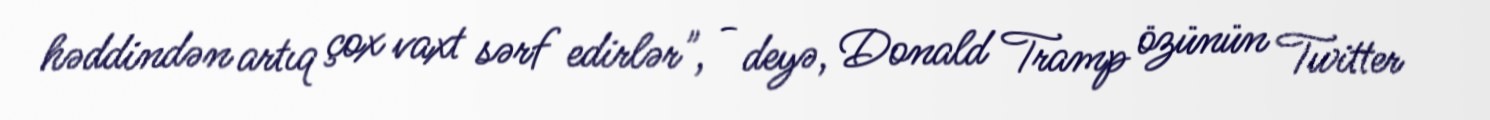
həddindən artıq çox vaxt sərf edirlər", - deyə, Donald Tramp özünün Twitter